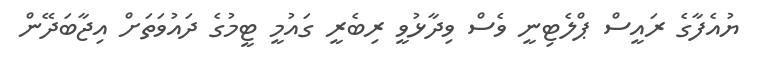
ޔުއެފާގެ ރައީސް ޕްލެޓިނީ ވެސް ވިދާޅުވީ ރިބެރީ ގައުމީ ޓީމުގެ ދައުވަތަށް އިޖާބަދޭން